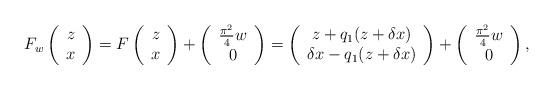
LaTeX: \begin{align*}F_w \left( \begin{array}{c} z \\ x \end{array}\right) = F\left( \begin{array}{c} z \\ x \end{array}\right) + \left(\begin{array}{c} \frac{\pi^2}{4}w \\ 0 \end{array}\right)= \left( \begin{array}{c} z + q_1(z+ \delta x) \\ \delta x - q_1(z+ \delta x)\end{array}\right) + \left( \begin{array}{c} \frac{\pi^2}{4} w \\ 0 \end{array}\right),\end{align*}